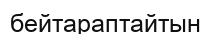
бейтараптайтын